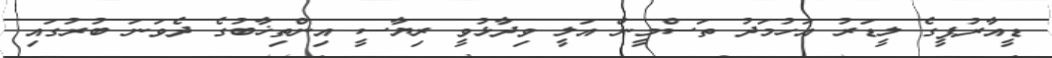
ޑީއާރުޕީގެ ލީޑަރު އަހުމަދު ތަސްމީން އަލީ ވިދާޅުވީ ރިޔާސީ އިންތިޚާބުގެ ދެވަނަ ބުރުގައި